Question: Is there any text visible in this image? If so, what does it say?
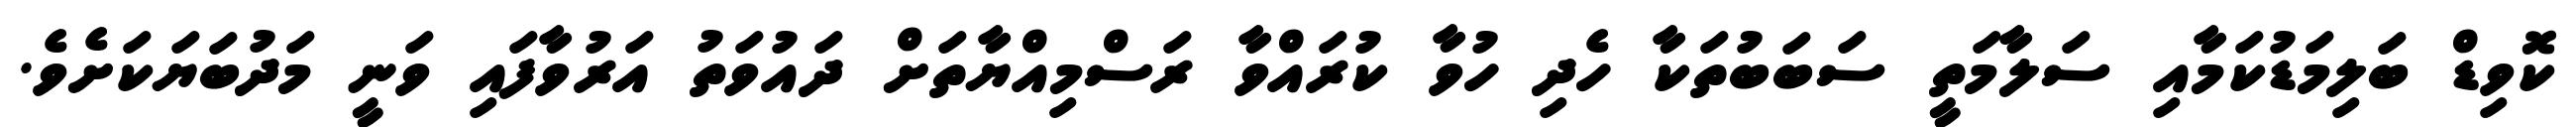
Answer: ކޮވިޑް ބަލިމަޑުކަމާއި ސަލާމަތީ ސަބަބުތަކާ ހެދި ހުވާ ކުރައްވާ ރަސްމިއްޔާތަށް ދައުވަތު އަރުވާފައި ވަނީ މަދުބަޔަކަށެވެ.